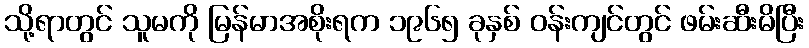
သို့ရာတွင် သူမကို မြန်မာအစိုးရက ၁၉၆၅ ခုနှစ် ဝန်းကျင်တွင် ဖမ်းဆီးမိပြီး